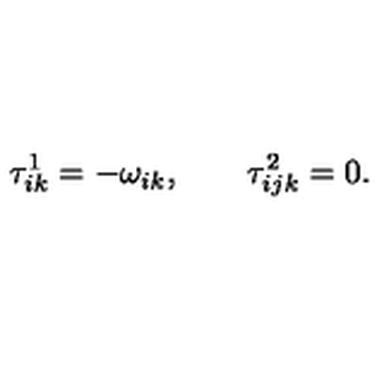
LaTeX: \tau _ { i k } ^ { 1 } = - \omega _ { i k } , \qquad \tau _ { i j k } ^ { 2 } = 0 .